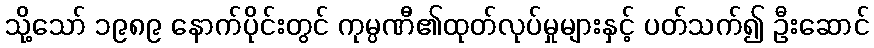
သို့သော် ၁၉၈၉ နောက်ပိုင်းတွင် ကုမ္ပဏီ၏ထုတ်လုပ်မှုများနှင့် ပတ်သက်၍ ဦးဆောင်